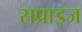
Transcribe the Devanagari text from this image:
सप्राइज